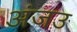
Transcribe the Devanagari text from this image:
अंजउ